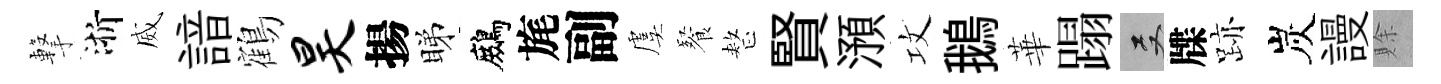
撃浙威諳鶴昊揚睇鷓旄副虞餐整賢澦攻鵝華蹋双牒跡炭謾賖